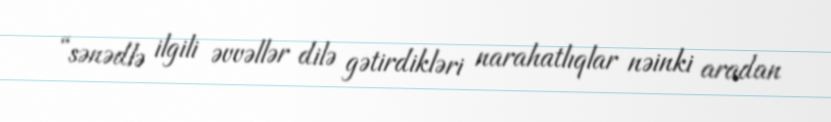
“sənədlə ilgili əvvəllər dilə gətirdikləri narahatlıqlar nəinki aradan